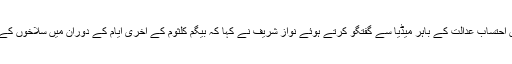
اسلام آباد میں احتساب عدالت کے باہر میڈیا سے گفتگو کرتے ہوئے نواز شریف نے کہا کہ بیگم کلثوم کے آخری ایام کے دوران میں سلاخوں کے پیچھے تھا۔